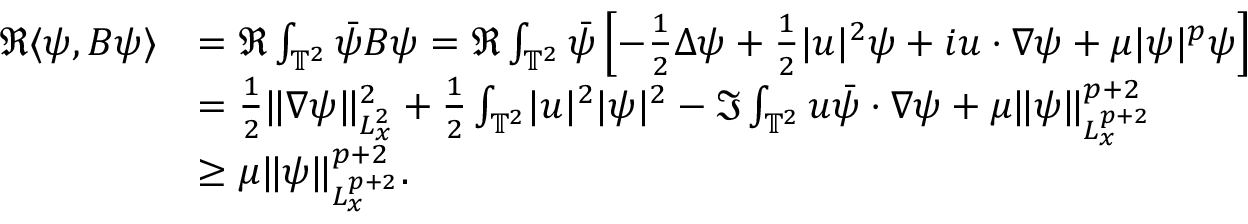
\begin{array} { r l } { \Re \langle \psi , B \psi \rangle } & { = \Re \int _ { \mathbb { T } ^ { 2 } } \Bar { \psi } B \psi = \Re \int _ { \mathbb { T } ^ { 2 } } \Bar { \psi } \left[ - \frac { 1 } { 2 } \Delta \psi + \frac { 1 } { 2 } \lvert u \rvert ^ { 2 } \psi + i u \cdot \nabla \psi + \mu \lvert \psi \rvert ^ { p } \psi \right] } \\ & { = \frac { 1 } { 2 } \lVert \nabla \psi \rVert _ { L _ { x } ^ { 2 } } ^ { 2 } + \frac { 1 } { 2 } \int _ { \mathbb { T } ^ { 2 } } \lvert u \rvert ^ { 2 } \lvert \psi \rvert ^ { 2 } - \Im \int _ { \mathbb { T } ^ { 2 } } u \Bar { \psi } \cdot \nabla \psi + \mu \lVert \psi \rVert _ { L _ { x } ^ { p + 2 } } ^ { p + 2 } } \\ & { \ge \mu \lVert \psi \rVert _ { L _ { x } ^ { p + 2 } } ^ { p + 2 } . } \end{array}